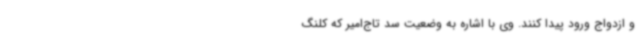
و ازدواج ورود پیدا کنند. وی با اشاره به وضعیت سد تاج‌امیر که کلنگ